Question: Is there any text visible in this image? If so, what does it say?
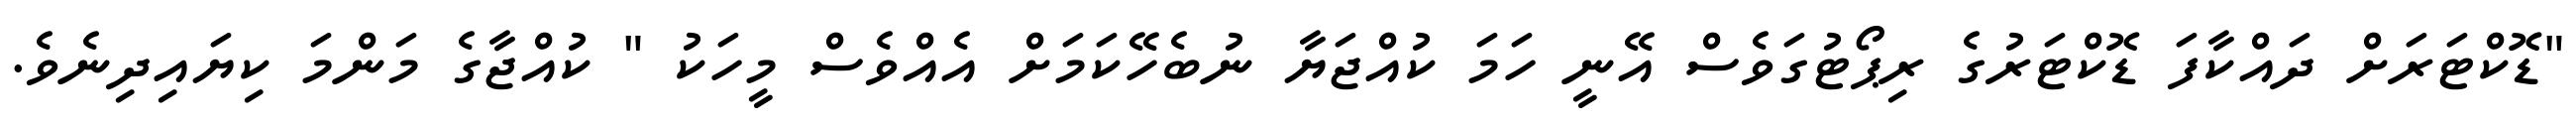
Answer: "ޑޮކްޓަރަށް ދައްކާފަ ޑޮކްޓަރުގެ ރިޕޯޓުގަވެސް އޭނީ ހަމަ ކުއްޖަޔާ ނުބެހޭކަމަށް އެއްވެސް މީހަކު " ކުއްޖާގެ މަންމަ ކިޔައިދިނެވެ.